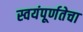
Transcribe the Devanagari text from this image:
स्वयंपूर्णतेचा